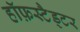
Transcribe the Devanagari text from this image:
हॉफ़स्टैड्टर